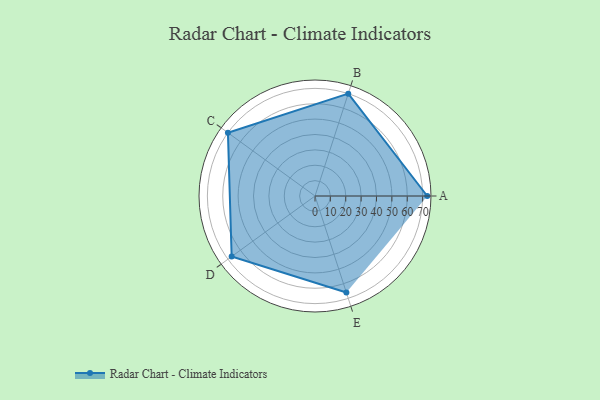
{"axis": {"x": "Skill", "y": "Score"}, "legend": ["Profile"], "data": [{"x": "A", "y": 73.0, "type": "Profile"}, {"x": "B", "y": 70.0, "type": "Profile"}, {"x": "C", "y": 70.0, "type": "Profile"}, {"x": "D", "y": 67.0, "type": "Profile"}, {"x": "E", "y": 66.0, "type": "Profile"}]}